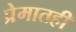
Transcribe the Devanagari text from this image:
प्रेमातही